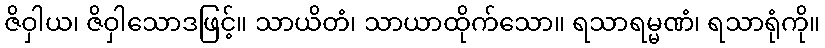
ဇိဝှါယ၊ ဇိဝှါသောဒဖြင့်။ သာယိတံ၊ သာယာထိုက်သော။ ရသာရမ္မဏံ၊ ရသာရုံကို။